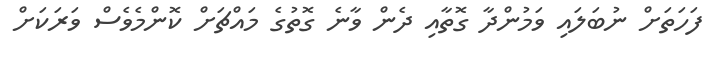
ފަހަތަށް ނުބަލައި ވަމުންދާ ގޮތާއި ދެން ވާނެ ގޮތުގެ މައްޗަށް ކޮންމެވެސް ވަރަކަށް